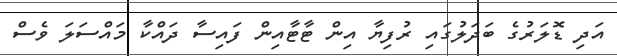
އަދި ޑޮލަރުގެ ބަދަލުގައި ރުފިޔާ އިން ޓާޓާއިން ފައިސާ ދައްކާ މައްސަލަ ވެސް